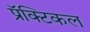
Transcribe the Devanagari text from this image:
प्रॅक्टिकल